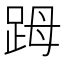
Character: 𧿹